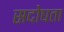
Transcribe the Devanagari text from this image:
सदोषता